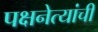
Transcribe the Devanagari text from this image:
पक्षनेत्यांची